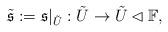
LaTeX: \begin{align*}\tilde{\mathfrak{s}} &:= \mathfrak{s}|_{\tilde{U}} : \tilde{U} \rightarrow \tilde{U} \lhd \mathbb{F},\end{align*}